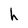
Character: h